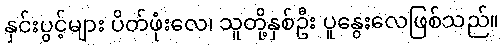
နှင်းပွင့်များ ပိတ်ဖုံးလေ၊ သူတို့နှစ်ဦး ပူနွေးလေဖြစ်သည်။